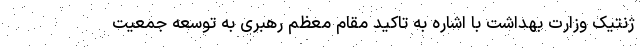
ژنتیک وزارت بهداشت با اشاره به تاکید مقام معظم رهبری به توسعه جمعیت